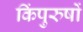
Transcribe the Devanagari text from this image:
किंपुरुषों